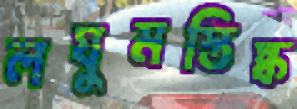
লঘুমস্তিষ্ক